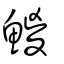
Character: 鯼